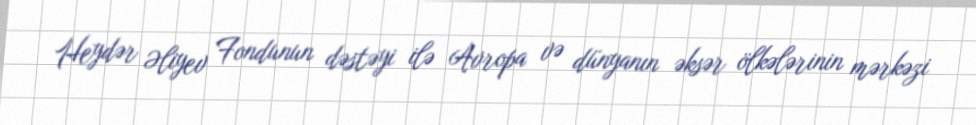
Heydər Əliyev Fondunun dəstəyi ilə Avropa və dünyanın əksər ölkələrinin mərkəzi